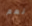
نعم